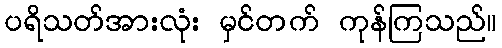
ပရိသတ်အားလုံး မှင်တက် ကုန်ကြသည်။